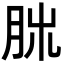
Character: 𦚃